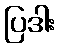
ပြဒါး